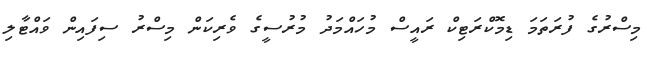
މިސްރުގެ ފުރަތަމަ ޑިމޮކްރަޓިކް ރައީސް މުހައްމަދު މުރުސީގެ ވެރިކަން މިސްރު ސިފައިން ވައްޓާލި